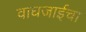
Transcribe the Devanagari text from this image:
वाघजाईचा